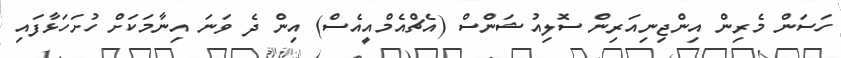
ހަސަން މެރިން އިންޖިނިއަރިން ސޮލިއުޝަންސް (އެޗްއެމްއީއެސް) އިން ދެ ވަނަ އިނާމަކަށް ހުށަހަޅާފައި